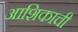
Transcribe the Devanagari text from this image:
आशिकाची